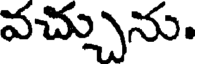
వచ్చును.